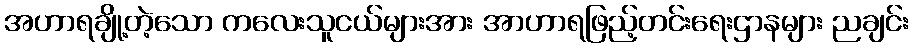
အဟာရချို့တဲ့သော ကလေးသူငယ်များအား အာဟာရဖြည့်တင်းရေးဌာနများ ညချင်း